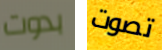
بدوت تصوت